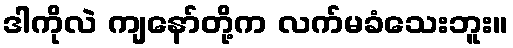
ဒါကိုလဲ ကျနော်တို့က လက်မခံသေးဘူး။